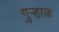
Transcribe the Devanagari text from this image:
गुऱ्हाळ